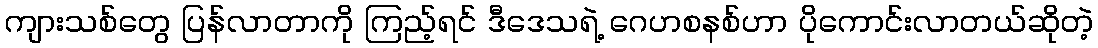
ကျားသစ်တွေ ပြန်လာတာကို ကြည့်ရင် ဒီဒေသရဲ့ ဂေဟစနစ်ဟာ ပိုကောင်းလာတယ်ဆိုတဲ့